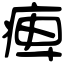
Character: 痺